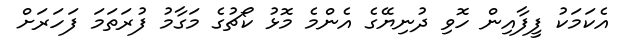
އެކަމަކު ފީފާއިން ހޮވި ދުނިޔޭގެ އެންމެ މޮޅު ކޯޗުގެ މަގާމު ފުރަތަމަ ފަހަރަށް